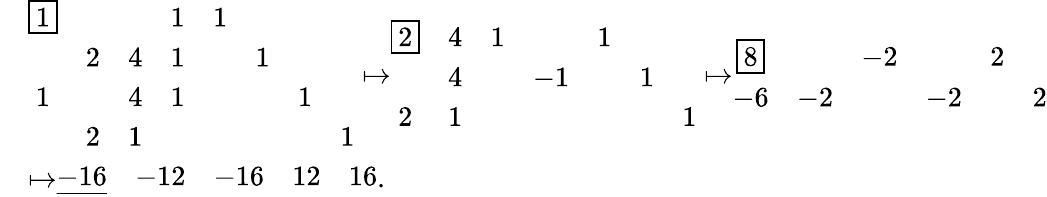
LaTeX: \begin{array}{rl}&{\begin{array}{cccccccc}{\boxed{1}}&&&{1}&{1}&&&\\ &{2}&{4}&{1}&&{1}&&\\ {1}&&{4}&{1}&&&{1}&\\ &{2}&{1}&&&&&{1}\end{array}\mapsto\begin{array}{ccccccc}{\boxed{2}}&{4}&{1}&&{1}&&\\ &{4}&&{-1}&&{1}&\\ {2}&{1}&&&&&{1}\end{array}\mapsto\begin{array}{cccccc}{\boxed{8}}&&{-2}&&{2}&\\ {-6}&{-2}&&{-2}&&{2}\end{array}}\\ &{\mapsto\begin{array}{ccccc}{\underline{{-16}}}&{-12}&{-16}&{12}&{16}\end{array}.}\end{array}